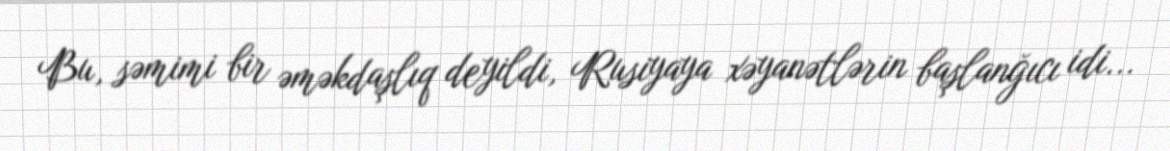
Bu, səmimi bir əməkdaşlıq deyildi, Rusiyaya xəyanətlərin başlanğıcı idi...